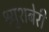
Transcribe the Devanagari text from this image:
श्र्युशबेरी